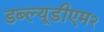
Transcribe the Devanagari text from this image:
डब्ल्यूडीएम२